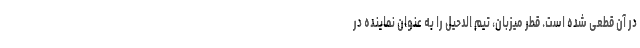
در آن قطعی شده است. قطر میزبان، تیم الدحیل را به عنوان نماینده در